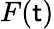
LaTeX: F(\mathsf{t})